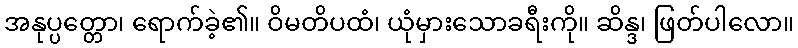
အနုပ္ပတ္တော၊ ရောက်ခဲ့၏။ ဝိမတိပထံ၊ ယုံမှားသောခရီးကို။ ဆိန္ဒ၊ ဖြတ်ပါလော။